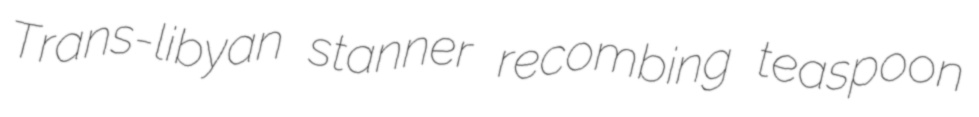
Trans-libyan stanner recombing teaspoon